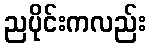
ညပိုင်းကလည်း